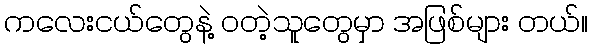
ကလေးငယ်တွေနဲ့ ဝတဲ့သူတွေမှာ အဖြစ်များ တယ်။